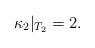
LaTeX: \begin{align*}\kappa_2 |_{T_2} =2.\end{align*}